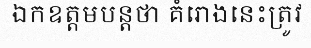
ឯកឧត្តមបន្តថា គំរោងនេះត្រូវ